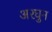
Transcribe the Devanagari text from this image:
अरघुन